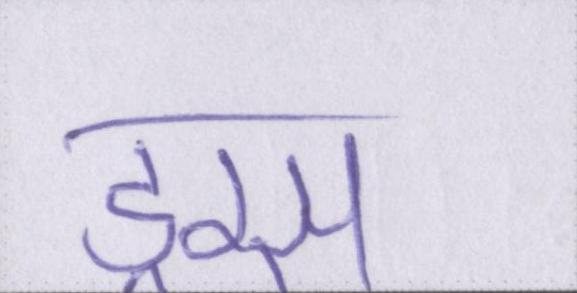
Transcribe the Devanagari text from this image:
ड्रग्स